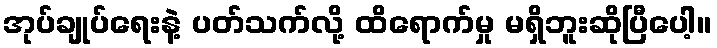
အုပ်ချုပ်ရေးနဲ့ ပတ်သက်လို့ ထိရောက်မှု မရှိဘူးဆိုပြီပေါ့။